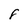
Character: 8